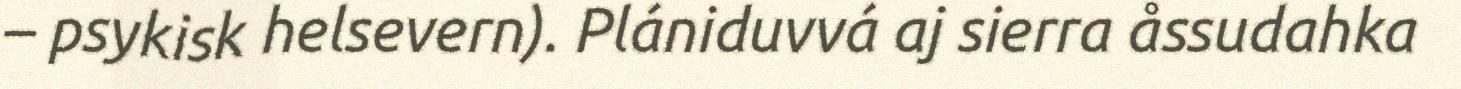
– psykisk helsevern). Plániduvvá aj sierra åssudahka